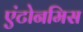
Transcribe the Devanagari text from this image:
एंटोनमिस